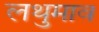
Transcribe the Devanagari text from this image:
लथुमाव